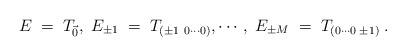
LaTeX: \begin{align*}E\;=\;T_{\vec 0},\;E_{\pm 1}\;=\;T_{(\pm 1 \ 0\cdots0)}, \cdots, \;E_{\pm M}\;=\;T_{(0\cdots 0\;\pm 1)}\; .\end{align*}